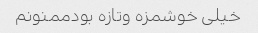
خیلی خوشمزه وتازه بودممنونم